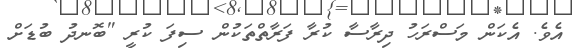
އެވެ. އެކަން މަސްރަހު ދިރާސާ ކުރާ ފަރާތްތަކުން ސިފަ ކުރީ "ބޮނދު ބުޑަށް